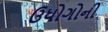
ઉધોગોની